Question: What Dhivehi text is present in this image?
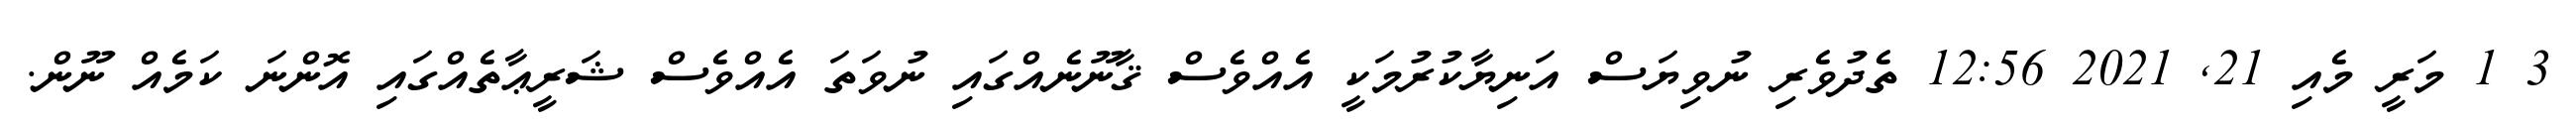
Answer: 3 1 މަރީ މެއި 21, 2021 12:56 ތެދުވެރި ނުވިޔަސް އަނިޔާކުރުމަކީ އެއްވެސް ޤާނޫނެއްގައި ނުވަތަ އެއްވެސް ޝަރީޢާތެއްގައި އޮންނަ ކަމެއް ނޫން.